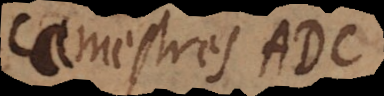
amestres ADC